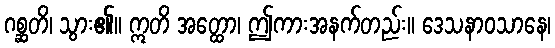
ဂစ္ဆတိ၊ သွား၏။ ဣတိ အတ္ထော၊ ဤကားအနက်တည်း။ ဒေသနာဝသာနေ၊